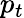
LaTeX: p_{t}